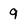
Character: 9